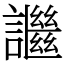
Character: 䜝